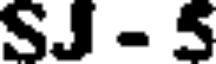
SJ - 5